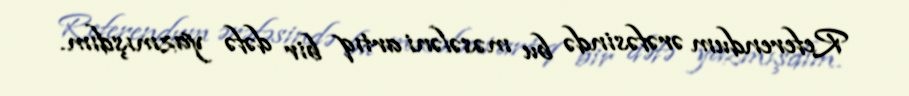
Referendum ərəfəsində bu məsələni artıq bir dəfə yazmışdım.